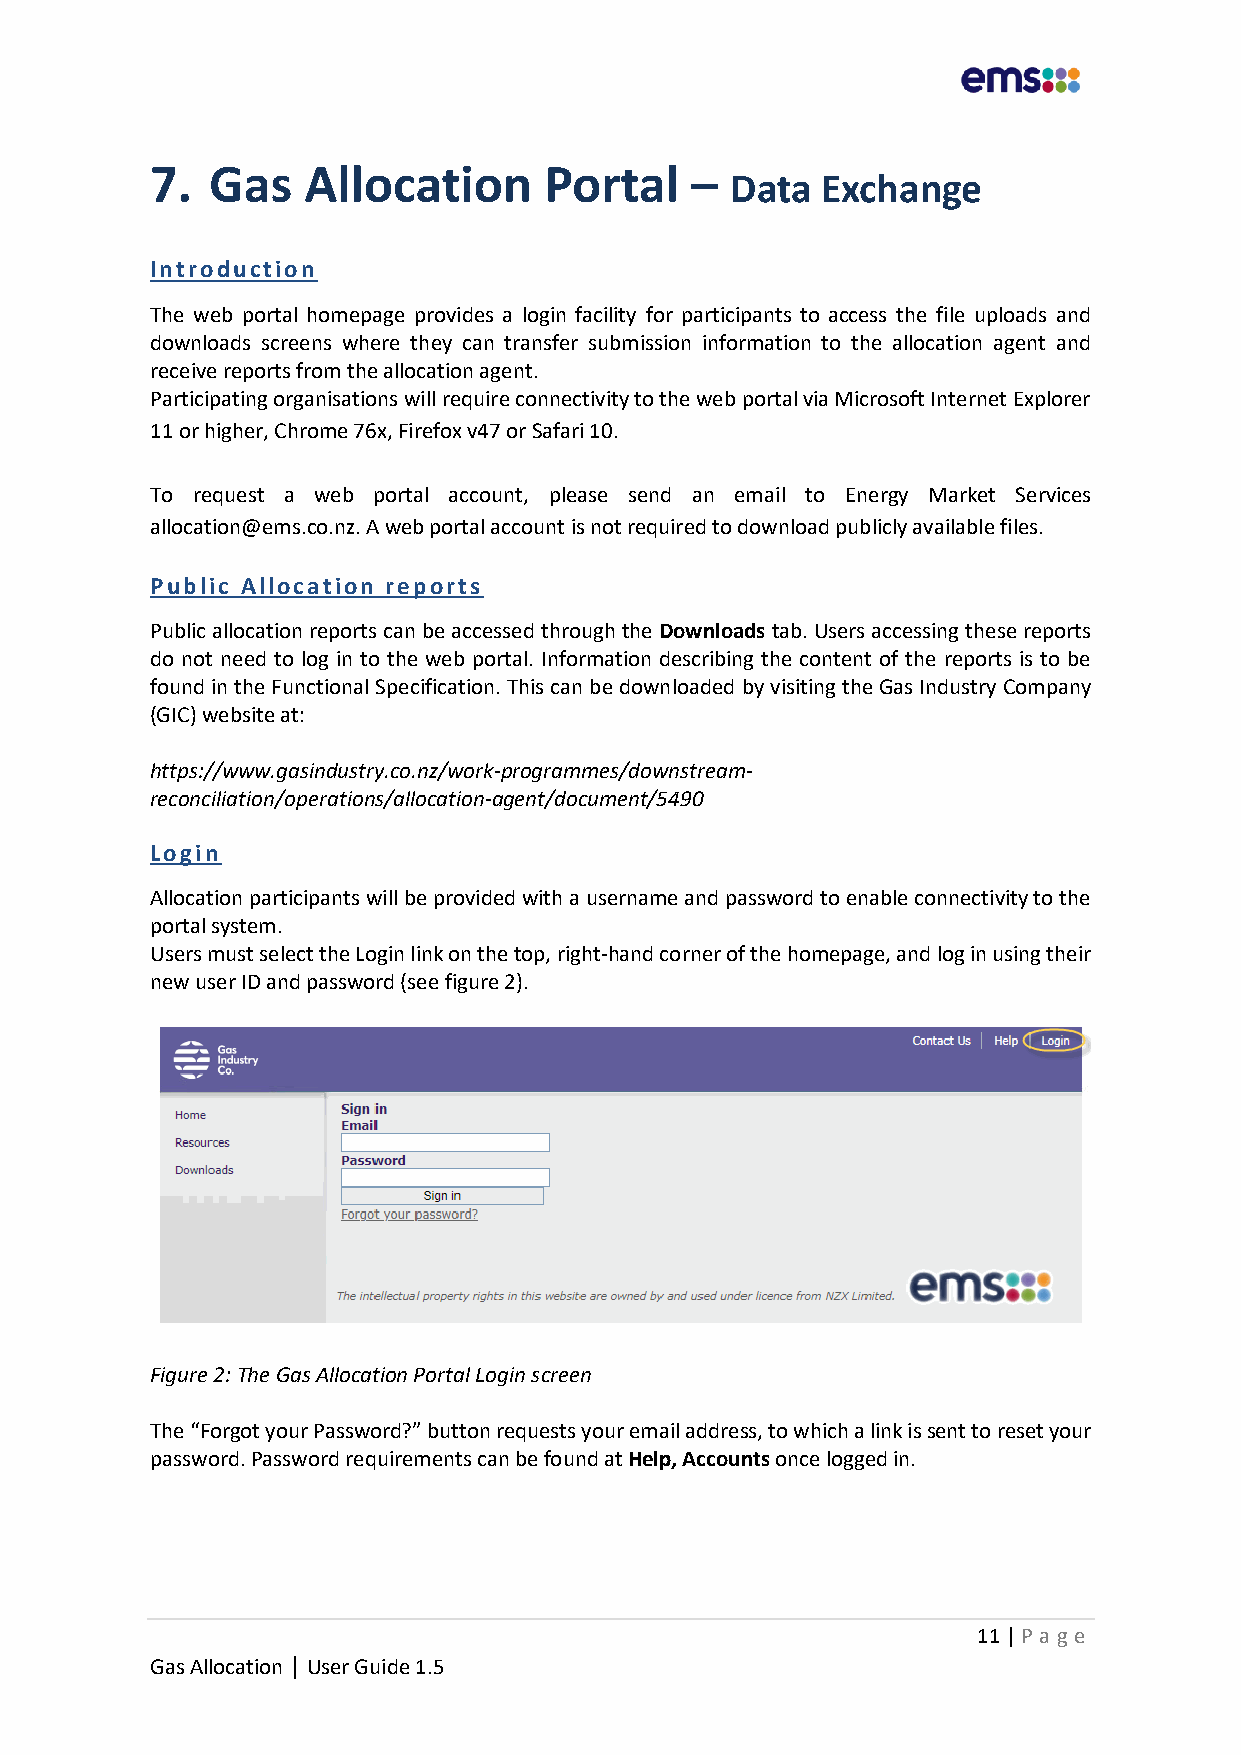
7.  Gas   Allocation      Portal    –
 Data  Exchange
 Introduction
 The web portal homepage provides a login facility for participants to access the file uploads and
 downloads screens where they can transfer submission information to the allocation agent and
 receive reports from the allocation agent.
 Participating organisations will require connectivity to the web portal via Microsoft Internet Explorer
 11 or higher, Chrome 76x, Firefox v47 or Safari 10.
 To request a web portal account, please send an email to Energy Market Services
 allocation@ems.co.nz. A web portal account is not required to download publicly available files.
 Public Allocation reports
 Public allocation reports can be accessed through the Downloads tab. Users accessing these reports
 do not need to log in to the web portal. Information describing the content of the reports is to be
 found in the Functional Specification. This can be downloaded by visiting the Gas Industry Company
 (GIC) website at:
 https://www.gasindustry.co.nz/work-programmes/downstream-
 reconciliation/operations/allocation-agent/document/5490
 Login
 Allocation participants will be provided with a username and password to enable connectivity to the
 portal system.
 Users must select the Login link on the top, right-hand corner of the homepage, and log in using their
 new user ID and password (see figure 2).
 Figure 2: The Gas Allocation Portal Login screen
 The “Forgot your Password?” button requests your email address, to which a link is sent to reset your
 password. Password requirements can be found at Help, Accounts once logged in.
 11 | P age
 Gas Allocation | User Guide 1.5